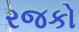
રજકો